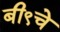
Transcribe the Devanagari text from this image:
बी९चे